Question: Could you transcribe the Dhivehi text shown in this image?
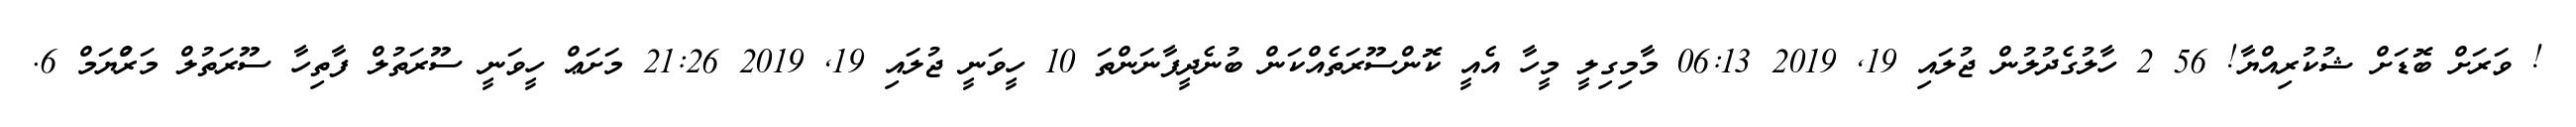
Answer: ! ވަރަށް ބޮޑަށް ޝުކުރިއްޔާ! 56 2 ހާލުގެދުލުން ޖުލައި 19, 2019 06:13 މާމިގިލީ މީހާ އެއީ ކޮންސޫރަތެއްކަން ބުނެދީފާނަންތަ 10 ހީވަނީ ޖުލައި 19, 2019 21:26 މަށަޢް ހީވަނީ ސޫރަތުލް ފާތިހާ ސޫރަތުލް މަރްުޔަމް 6.